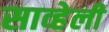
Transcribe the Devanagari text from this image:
साव्हेली